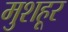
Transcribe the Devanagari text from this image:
मुशहूर